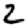
Digit: 2